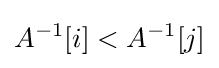
A^{-1}[i]<A^{-1}[j]